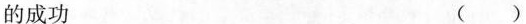
的成功 ( )